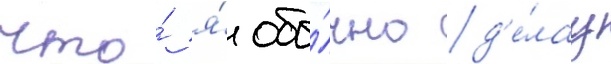
что́ я́ обы́чно д'е́лау